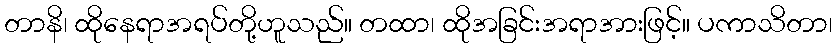
တာနိ၊ ထိုနေရာအရပ်တို့ဟူသည်။ တထာ၊ ထိုအခြင်းအရာအားဖြင့်။ ပကာသိတာ၊